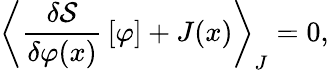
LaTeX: {\left\langle{\frac{\delta{\mathcal{S}}}{\delta\varphi(x)}}\left[\varphi\right]+J(x)\right\rangle}_{J}=0,